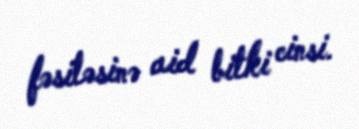
fəsiləsinə aid bitki cinsi.